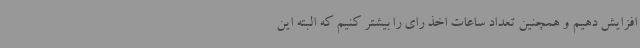
افزایش دهیم و همچنین تعداد ساعات اخذ رای را بیشتر کنیم که البته این